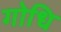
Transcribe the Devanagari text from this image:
गोधि